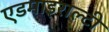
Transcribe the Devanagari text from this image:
एडमाइराल्टी